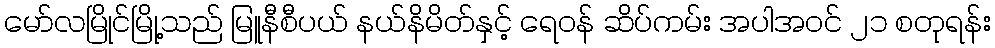
မော်လမြိုင်မြို့သည် မြူနီစီပယ် နယ်နိမိတ်နှင့် ရေဝန် ဆိပ်ကမ်း အပါအဝင် ၂၁ စတုရန်း